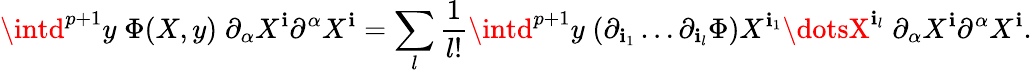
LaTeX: \intd^{p+1}y\; \Phi(X,y)\; \partial_{\alpha}X^{\mathbf{i}}\partial^{\alpha}X^{\mathbf{i}}=\sum_{l}{\frac{{1}}{{l!}}}\intd^{p+1}y\; (\partial_{\mathbf{i}_{1}}\dots\partial_{\mathbf{i}_{l}}\Phi)X^{\mathbf{i}_{1}}\dotsX^{\mathbf{i}_{l}}\; \partial_{\alpha}X^{\mathbf{i}}\partial^{\alpha}X^{\mathbf{i}}.